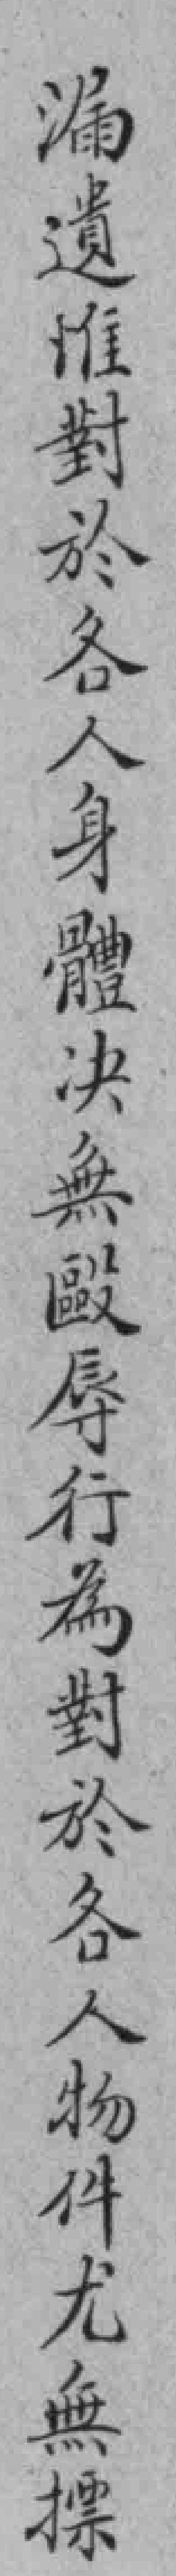
漏遺惟對於各人身體决無歐辱行為對於各人物件尤無摽